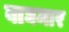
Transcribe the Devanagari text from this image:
बाघमार